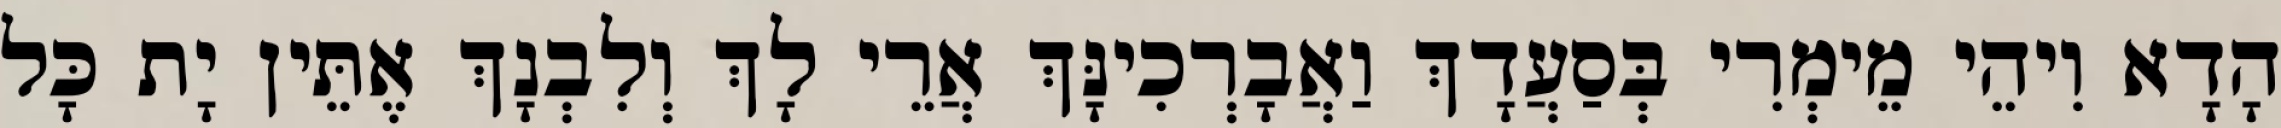
הָדָא וִיהֵי מֵימְרִי בְּסַעֲדָךְ וַאֲבָרְכִינָּךְ אֲרֵי לָךְ וְלִבְנָךְ אֶתֵּין יָת כָּל